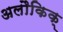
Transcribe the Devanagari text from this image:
अलौकिक्